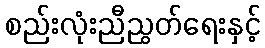
စည်းလုံးညီညွတ်ရေးနှင့်